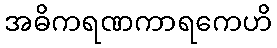
အဓိကရဏကာရကေဟိ